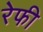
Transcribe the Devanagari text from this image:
रेफी